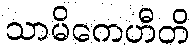
သာမိကေဟီတိ